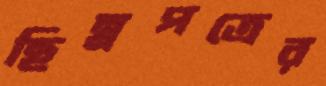
ছিন্নপত্রের